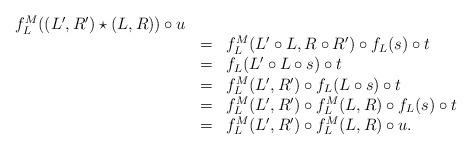
LaTeX: \begin{align*} \begin{array}{lll} f_L^M((L',R')\star (L,R))\circ u\\ &=&f_L^M(L'\circ L,R\circ R')\circ f_L(s)\circ t\\ &=&f_L(L'\circ L\circ s)\circ t\\ &=&f_L^M(L',R')\circ f_L(L\circ s)\circ t\\ &=&f_L^M(L',R')\circ f_L^M(L,R)\circ f_L(s)\circ t\\ &=&f_L^M(L',R')\circ f_L^M(L,R)\circ u. \end{array} \end{align*}